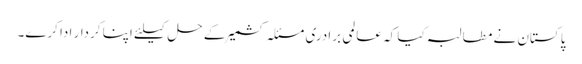
پاکستان نے مطالبہ کیا کہ عالمی برادری مسئلہ کشمیر کے حل کیلئے اپنا کردار ادا کرے۔